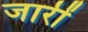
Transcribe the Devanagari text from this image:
जारीं